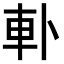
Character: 𨊣